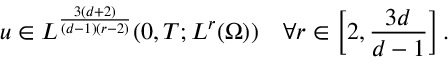
u \in L ^ { \frac { 3 ( d + 2 ) } { ( d - 1 ) ( r - 2 ) } } ( 0 , T ; L ^ { r } ( \Omega ) ) \ \ \ \forall r \in \left[ 2 , \frac { 3 d } { d - 1 } \right] .